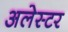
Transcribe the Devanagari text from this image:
अलेस्टर